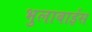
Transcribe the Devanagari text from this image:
भुलाबाईस